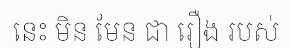
នេះ មិន មែន ជា រឿង របស់